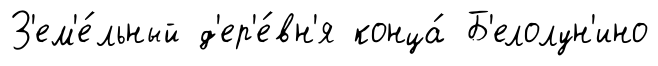
З'ем'е́льный д'ер'е́вн'я конца́ Б'елолун'ино